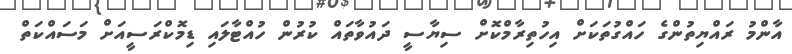
އާންމު ރައްޔިތުންގެ ހައްގުތަކަށް އިހުތިރާމްކޮށް ސިޔާސީ ދައުވާތައް ކުރުން ހުއްޓާލައި ޑިމޮކްރަސީއަށް މަސައްކަތް